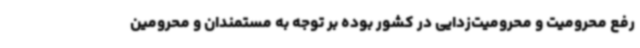
رفع محرومیت و محرومیت‌زدایی در کشور بوده بر توجه به مستمندان و محرومین